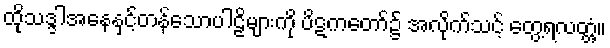
ထိုသဒ္ဒါအနေနှင့်တန်သောပါဠိများကို ပိဋကတော်၌ အလိုက်သင့် တွေ့ရလတ္တံ့။